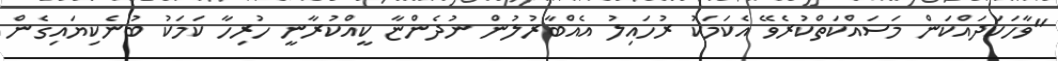
"ވާހަކަދައްކަން މަސައްކަތްކުރެވޭ އެކަމަކު ރުހައިލު އެއްބާރުލުން ނުދެންޏާ ކީއްކުރާނީ ހުރިހާ ކަމަކު ބުނެކިޔައިގެން